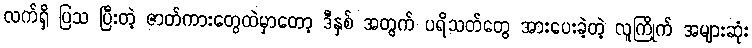
လက်ရှိ ပြသ ပြီးတဲ့ ဇာတ်ကားတွေထဲမှာတော့ ဒီနှစ် အတွက် ပရိသတ်တွေ အားပေးခဲ့တဲ့ လူကြိုက် အများဆုံး